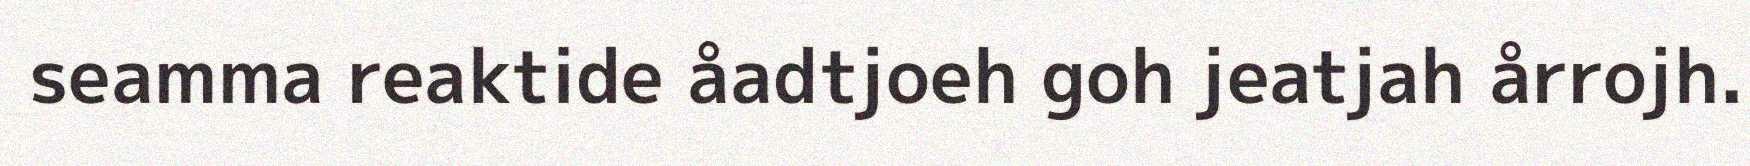
seamma reaktide åadtjoeh goh jeatjah årrojh.